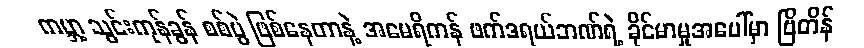
ကမ္ဘာ့ သွင်းကုန်ခွန် စစ်ပွဲ ဖြစ်နေတာနဲ့ အမေရိကန် ဖက်ဒရယ်ဘဏ်ရဲ့ ခိုင်မာမှုအပေါ်မှာ ဗြိတိန်